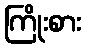
ကြိုးစား